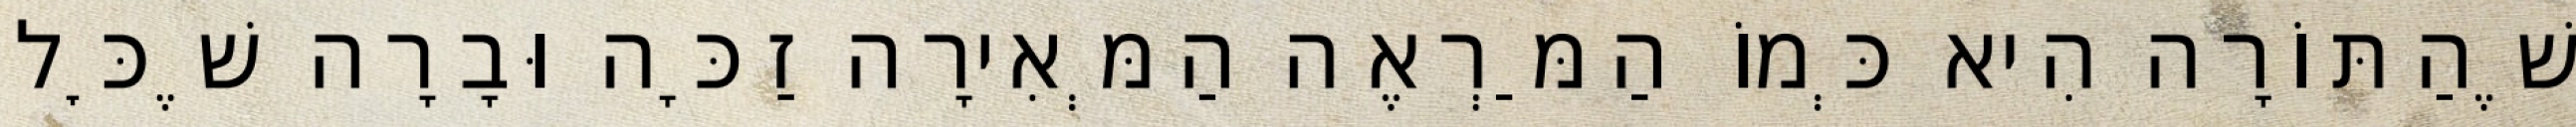
שֶׁהַתּוֹרָה הִיא כְּמוֹ הַמַּרְאֶה הַמְּאִירָה זַכָּה וּבָרָה שֶׁכׇּל